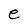
Character: e